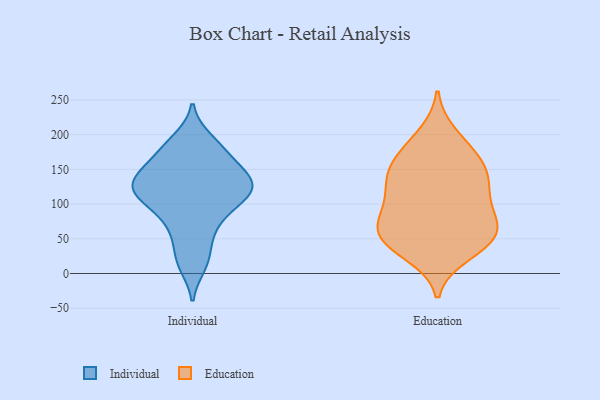
{"axis": {"x": "Production Output", "y": "Value"}, "legend": ["Education", "Individual"], "data": [{"x": "", "y": 133, "type": "Individual"}, {"x": "", "y": 176, "type": "Individual"}, {"x": "", "y": 124, "type": "Individual"}, {"x": "", "y": 53, "type": "Individual"}, {"x": "", "y": 160, "type": "Individual"}, {"x": "", "y": 110, "type": "Individual"}, {"x": "", "y": 183, "type": "Individual"}, {"x": "", "y": 124, "type": "Individual"}, {"x": "", "y": 154, "type": "Individual"}, {"x": "", "y": 67, "type": "Individual"}, {"x": "", "y": 132, "type": "Individual"}, {"x": "", "y": 104, "type": "Individual"}, {"x": "", "y": 22, "type": "Individual"}, {"x": "", "y": 101, "type": "Individual"}, {"x": "", "y": 129, "type": "Individual"}, {"x": "", "y": 12, "type": "Individual"}, {"x": "", "y": 193, "type": "Individual"}, {"x": "", "y": 136, "type": "Individual"}, {"x": "", "y": 88, "type": "Individual"}, {"x": "", "y": 110, "type": "Education"}, {"x": "", "y": 124, "type": "Education"}, {"x": "", "y": 41, "type": "Education"}, {"x": "", "y": 71, "type": "Education"}, {"x": "", "y": 43, "type": "Education"}, {"x": "", "y": 200, "type": "Education"}, {"x": "", "y": 170, "type": "Education"}, {"x": "", "y": 52, "type": "Education"}, {"x": "", "y": 134, "type": "Education"}, {"x": "", "y": 84, "type": "Education"}, {"x": "", "y": 99, "type": "Education"}, {"x": "", "y": 144, "type": "Education"}, {"x": "", "y": 147, "type": "Education"}, {"x": "", "y": 63, "type": "Education"}, {"x": "", "y": 153, "type": "Education"}, {"x": "", "y": 28, "type": "Education"}, {"x": "", "y": 74, "type": "Education"}, {"x": "", "y": 50, "type": "Education"}, {"x": "", "y": 183, "type": "Education"}]}